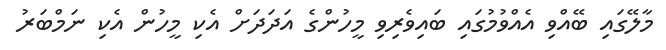
މާލޭގައި ބޭއްވި އެއްވުމުގައި ބައިވެރިވި މީހުންގެ އަދަދަށް އެކި މީހުން އެކި ނަމްބަރު